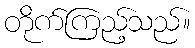
တိုက်ကြည့်သည်။